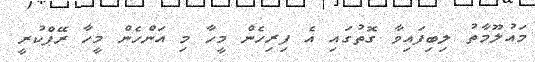
މައުލޫމާތު ލިބިފައިވާ ގޮތުގައި އެ ފިރިހެން މީހާ މި އަންހެން މީހާ ރޭޕްކުރީ